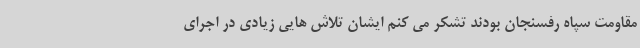
مقاومت سپاه رفسنجان بودند تشکر می کنم ایشان تلاش هایی زیادی در اجرای